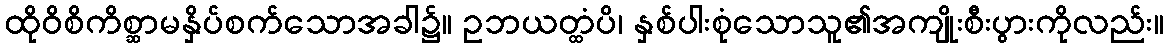
ထိုဝိစိကိစ္ဆာမနှိပ်စက်သောအခါ၌။ ဥဘယတ္ထံပိ၊ နှစ်ပါးစုံသောသူ၏အကျိုးစီးပွားကိုလည်း။